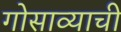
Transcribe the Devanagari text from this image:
गोसाव्याची